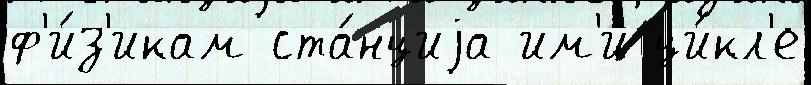
ф'и́з'икам ста́нциjа им'и ци́кл'е